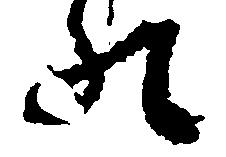
の